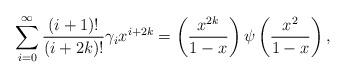
LaTeX: \begin{align*} \sum_{i=0}^\infty \frac{(i+1)!}{(i+2k)!} \gamma_i x^{i+2k} = \left(\frac{x^{2k}}{1-x}\right) \psi \left(\frac{x^2}{1-x}\right),\end{align*}